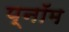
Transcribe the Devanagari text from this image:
प्नॉम